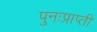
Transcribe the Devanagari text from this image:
पुनःप्राप्ती